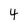
Character: 4